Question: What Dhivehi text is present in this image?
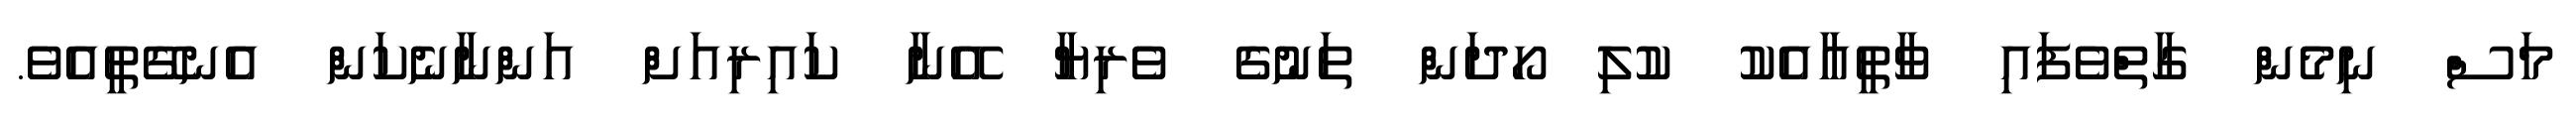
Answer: މަސް ނިމެން ގާތްވެފައި ވާތީއާއެކު ކުލި ހޯދަން ތަނުގެ ވެރިޔާ އޭނާ ކައިރިއަށް އަންނާނެކަން އެނގޭތީއެވެ.